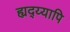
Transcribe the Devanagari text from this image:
ह्यद्य्यापि